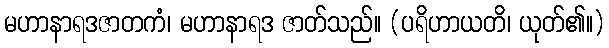
မဟာနာရဒဇာတကံ၊ မဟာနာရဒ ဇာတ်သည်။ (ပရိဟာယတိ၊ ယုတ်၏။)